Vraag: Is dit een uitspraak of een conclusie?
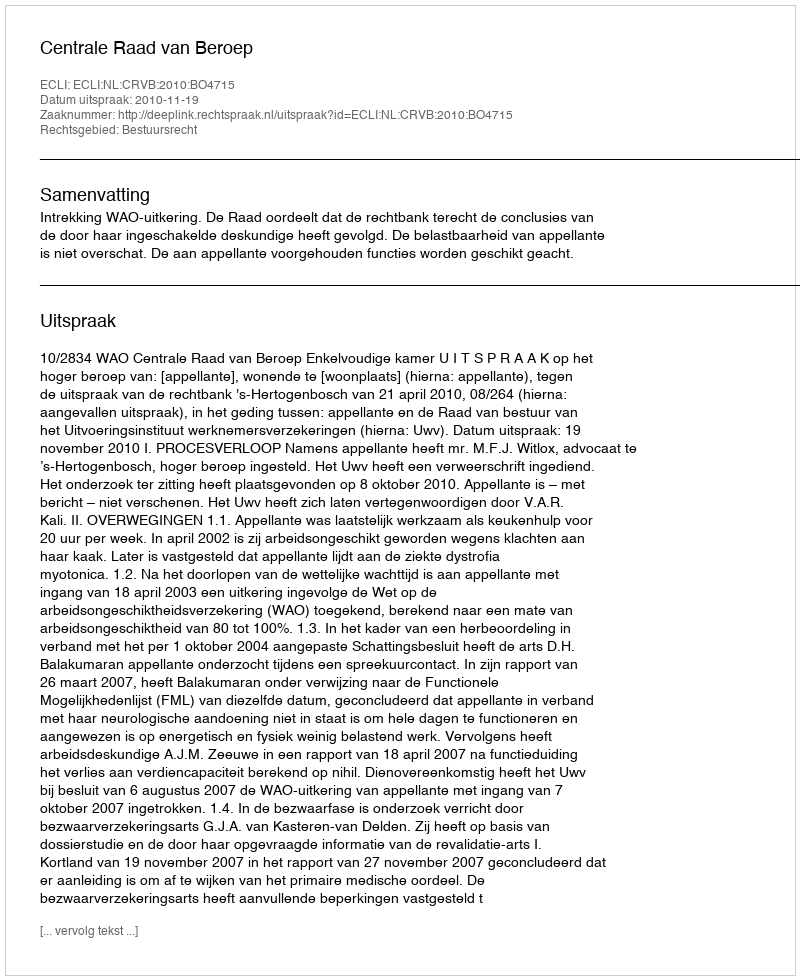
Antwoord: Uitspraak